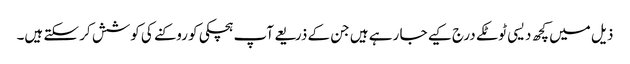
ذیل میں کچھ دیسی ٹوٹکے درج کیے جا رہے ہیں جن کے ذریعے آپ ہچکی کو روکنے کی کوشش کر سکتے ہیں۔